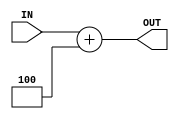
module ADD_4(IN, OUT);

    input [31:0] IN;
    output [31:0] OUT;

    assign OUT = IN + 4;
    
    // always @(*) begin
    //     $display("%b", IN, OUT);
    // end

endmodule